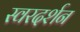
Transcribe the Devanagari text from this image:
स्वरदर्शन